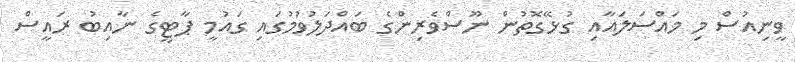
ވީނިއުސް މި މައްސަލައާއި ގުޅޭގޮތުން ނޫސްވެރިންގެ ބައްދަލުވުމުގައި ގައުމީ ޕާޓީގެ ނާއިބު ރައީސް